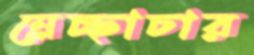
ম্লেচ্ছাচার